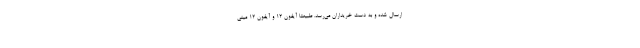
ارسال شده و به دست خریداران می‌رسد. طبیعتا آیفون ۱۲ و آیفون ۱۲ مینی